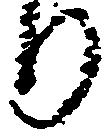
り